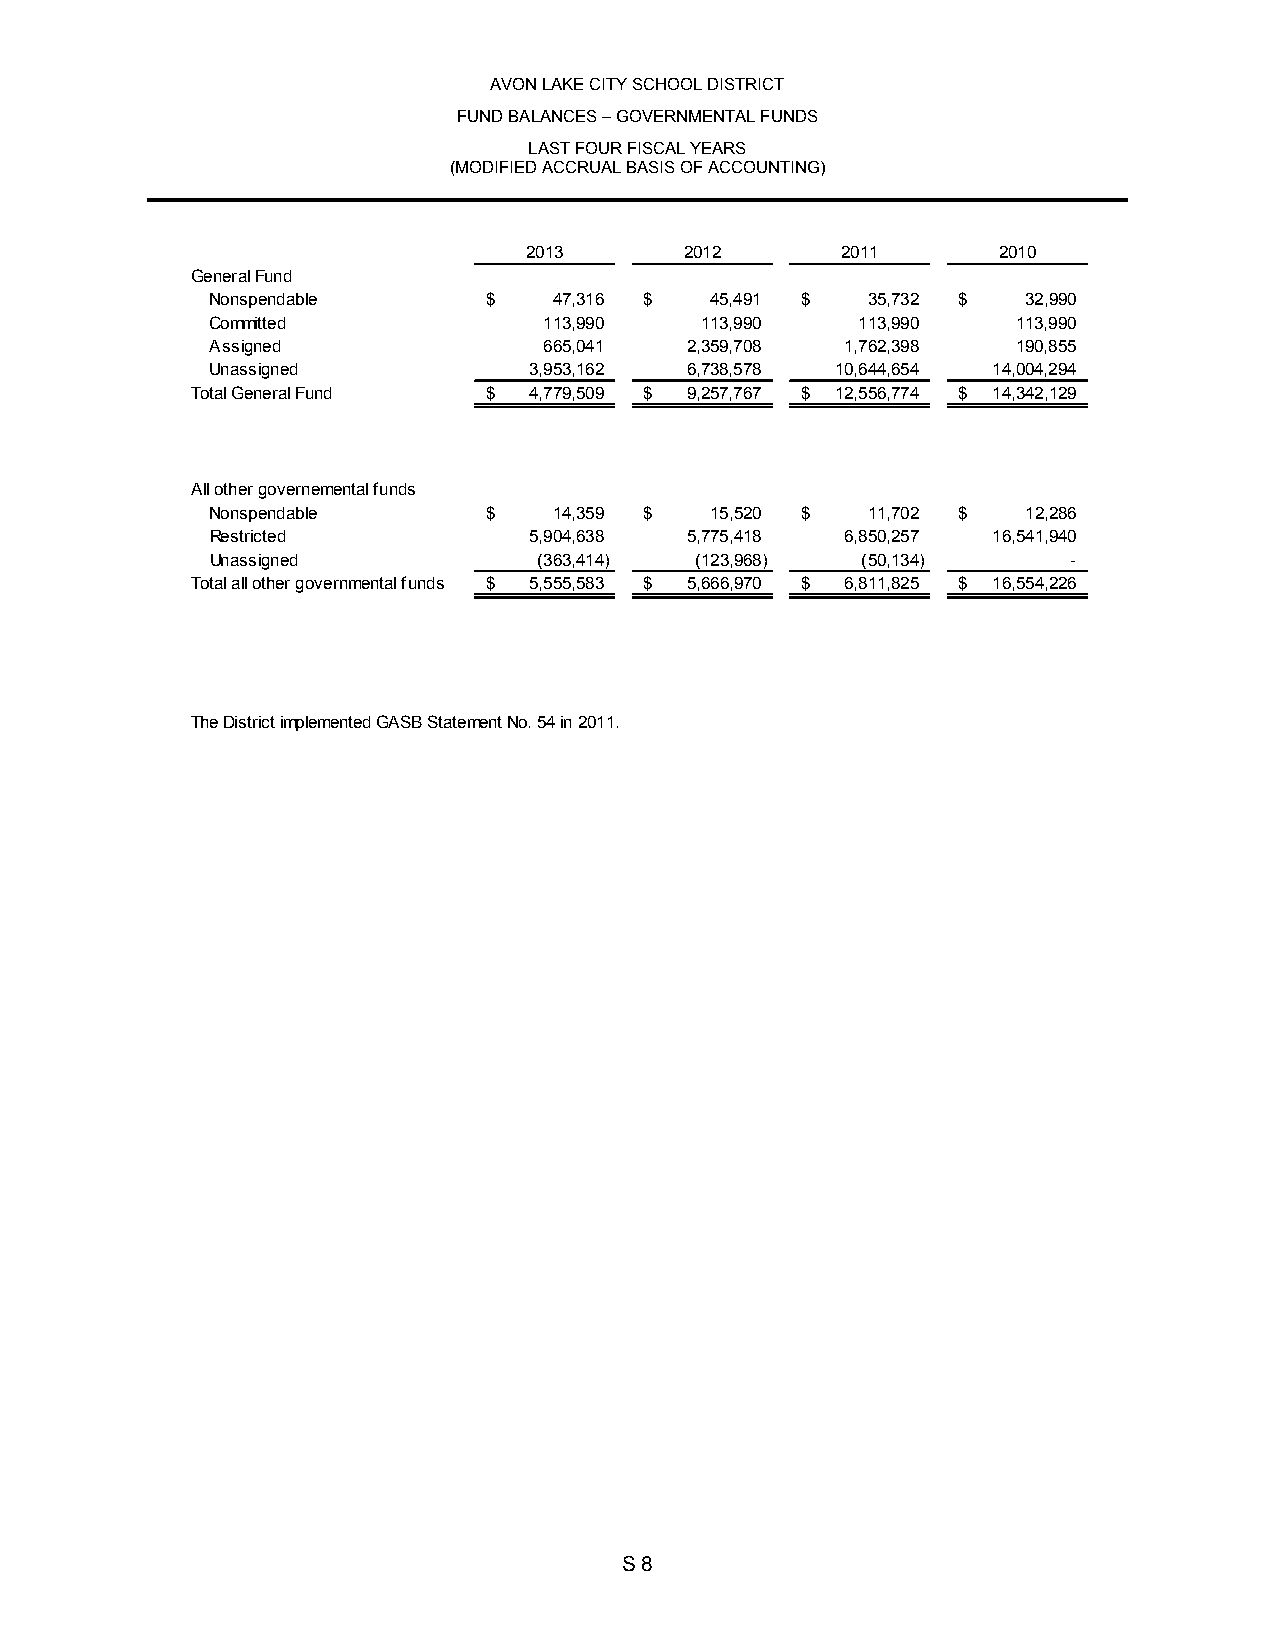
AVON LAKE CITY SCHOOL DISTRICT
 FUND BALANCES – GOVERNMENTAL FUNDS
 LAST FOUR FISCAL YEARS
 (MODIFIED ACCRUAL BASIS OF ACCOUNTING)
 2013      2012       2011      2010
 General Fund
 Nonspendable      $    47,316 $  45,491 $  35,732 $   32,990
 Committed             113,990   113,990    113,990   113,990
 Assigned              665,041  2,359,708  1,762,398  190,855
 Unassigned           3,953,162 6,738,578 10,644,654 14,004,294
 Total General Fund $  4,779,509 $ 9,257,767 $ 12,556,774 $ 14,342,129
 All other governemental funds
 Nonspendable      $    14,359 $  15,520 $  11,702 $   12,286
 Restricted           5,904,638 5,775,418  6,850,257 16,541,940
 Unassigned            ( 363,414) ( 123,968) ( 50,134)    -
 Total all other governmental funds $ 5,555,583 $ 5,666,970 $ 6,811,825 $ 16,554,226
 The District implemented GASB Statement No. 54 in 2011.
 S 8